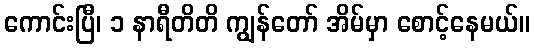
ကောင်းပြီ၊ ၁ နာရီတိတိ ကျွန်တော် အိမ်မှာ စောင့်နေမယ်။